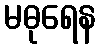
မဓုရေန